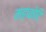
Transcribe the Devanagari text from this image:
महाकोटि